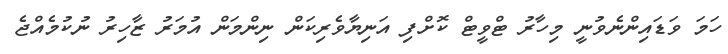
ހަމަ ވަޑައިންނެވުނީ މިހާރު ޓްވީޓް ކޮށްފި އަނިޔާވެރިކަން ނިންމަން އުމަރު ޒާހިރު ނުކުމެއްޖެ